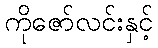
ကိုဇော်လင်းနှင့်